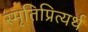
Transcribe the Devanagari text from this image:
स्मृतिप्रित्यर्थ